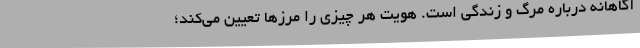
آگاهانه درباره مرگ و زندگی است. هویت هر چیزی را مرزها تعیین می‌کند؛